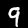
Label: 9